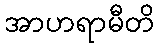
အာဟရာမီတိ